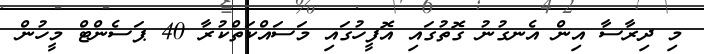
މި ދިރާސާ އިން އެނގުނު ގޮތުގައި އޮފީހުގައި މަސައްކަތްކުރާ 40 ޕަސެންޓް މީހުން